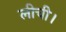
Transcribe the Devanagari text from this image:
लीची।